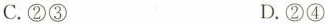
C.②③ D.②④